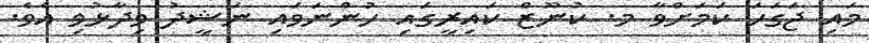
މައި ޖަގަހަ ކަމަށްވާ މ. ކުނޫޒް ކައިރީގައި ހުންނަވައި ނަޝީދު ވިދާޅުވި އެވެ.